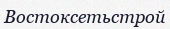
Востоксетьстрой